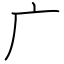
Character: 广